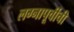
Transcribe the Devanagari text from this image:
लग्नापूर्वीची